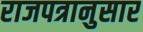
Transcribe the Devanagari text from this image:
राजपत्रानुसार